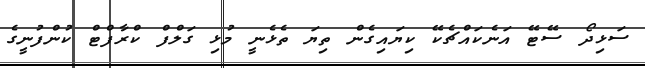
ސަޅިދޯ ސޭޓޭ އަނެކައްޗެކޭ ކިޔައިގެން ތިޔަ ތެޅެނީ މުޅި ގަލްފް ކްރާފްޓް ކުންފުނީގެ